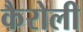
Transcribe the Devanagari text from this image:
कैरोली